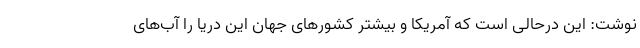
نوشت: این درحالی است که آمریکا و بیشتر کشورهای جهان این دریا را آب‌های